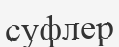
суфлер